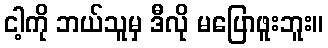
ငါ့ကို ဘယ်သူမှ ဒီလို မပြောဖူးဘူး။